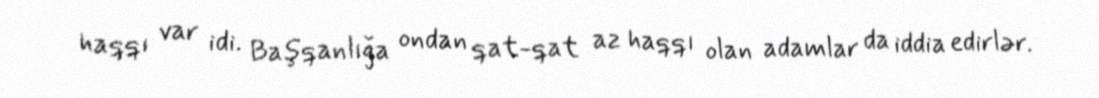
haqqı var idi. Başqanlığa ondan qat-qat az haqqı olan adamlar da iddia edirlər.